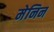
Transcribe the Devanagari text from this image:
मेनिन